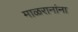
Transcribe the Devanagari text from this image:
माळरानांना